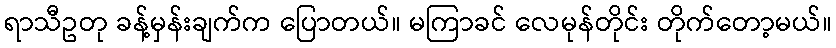
ရာသီဥတု ခန့်မှန်းချက်က ပြောတယ်။ မကြာခင် လေမုန်တိုင်း တိုက်တော့မယ်။